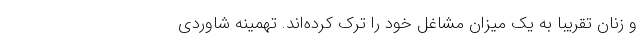
و زنان تقریباً به یک میزان مشاغل خود را ترک کرده‌اند. تهمینه شاوردی